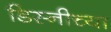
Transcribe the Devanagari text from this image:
डिस्नीच्या